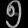
Digit: ၅